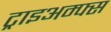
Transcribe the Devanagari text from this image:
ट्राइअम्फ्स